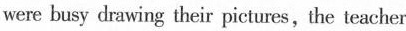
were busy drawing their pictures,the teacher